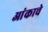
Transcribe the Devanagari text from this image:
आंकाचे